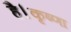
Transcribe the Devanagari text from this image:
है।कृष्णा